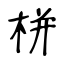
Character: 栟